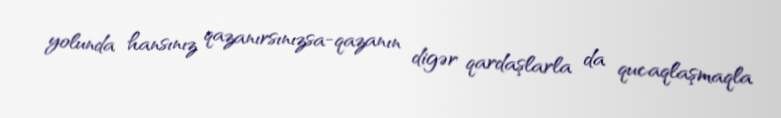
yolunda hansınız qazanırsınızsa-qazanın digər qardaşlarla da qucaqlaşmaqla